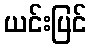
ယင်းပြင်